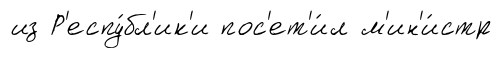
из Р'еспу́бл'ик'и пос'ет'и́л м'ин'и́стр